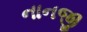
નાનજી